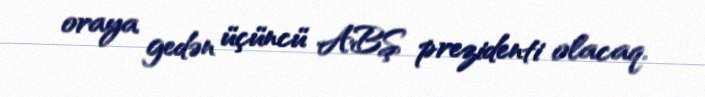
oraya gedən üçüncü ABŞ prezidenti olacaq.